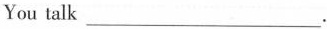
You talk___.